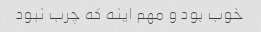
خوب بود و مهم اینه که چرب نبود